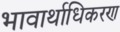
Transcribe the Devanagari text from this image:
भावार्थाधिकरण